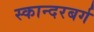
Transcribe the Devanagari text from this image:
स्कान्दरबर्ग